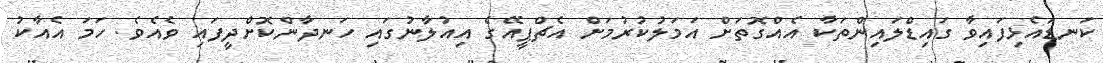
ކަނޑައެޅިފައިވާ ގައިޑްލައިންތަކާ އެއްގޮތަށް އަމަލުކުރުމަށް އެޗްޕީއޭގެ އިއުލާނުގައި ހަނދާންކޮށްދީފައި ވެއެވެ. ހަމަ އެއާކު